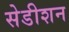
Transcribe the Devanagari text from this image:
सेडीशन